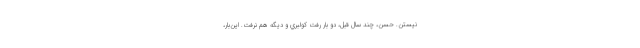
نيستن. حسن، چند سال قبل، دو بار رفت كولبري و ديگه هم نرفت. اين‌بار،